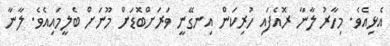
އެޅިއެވެ. މިހާރު ލާނާ ރޮއެފައި ހުރިކަން އިނގޭނީ ވަރަށްބޮޑަށް މޫނަށް ބެލީމައިއެވެ. ލާނާ